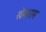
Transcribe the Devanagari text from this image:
खेमाराम